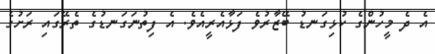
އެ ދެ މީހުންގެ ކުޅިގަނޑު ބޭޒާރުވެ ފަޅާއެރީއެވެ. އެ ފިތުނަގަނޑުގެ ތެރޭގައި ރަށުގެ